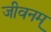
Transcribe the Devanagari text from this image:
जीवनम्